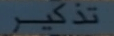
تذكر